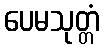
ပေမသုတ္တံ